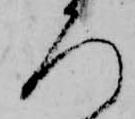
ろ